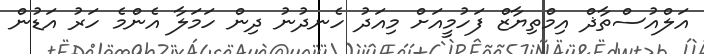
އަލްއުސްތާޛް އިމްތިޔާޒް ފަހުމީއަށް މިއަދު ހެނދުނު ދިން ހަމަލާ އެންމެ ހަރު އަޑުން